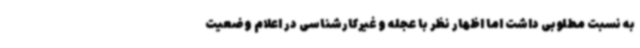
به نسبت مطلوبی داشت اما اظهار نظر با عجله و غیرکارشناسی در اعلام وضعیت